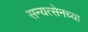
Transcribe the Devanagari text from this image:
सन्यत्सेनच्या